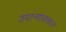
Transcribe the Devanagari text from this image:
उपान्यासकार